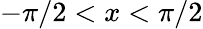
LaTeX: -\pi/2<x<\pi/2